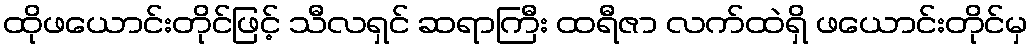
ထိုဖယောင်းတိုင်ဖြင့် သီလရှင် ဆရာကြီး ထရီဇာ လက်ထဲရှိ ဖယောင်းတိုင်မှ